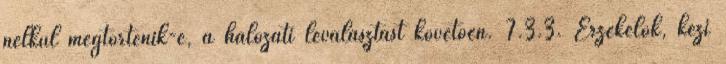
nélkül megtörténik-e, a hálózati leválasztást követõen. 7.3.3. Érzékelõk, kézi